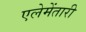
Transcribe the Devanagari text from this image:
एलेमेंतारी